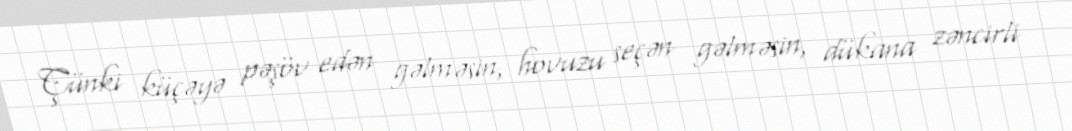
Çünki küçəyə pəşöv edən gəlməsin, hovuzu seçən gəlməsin, dükana zəncirli